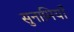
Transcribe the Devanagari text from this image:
सुनामियाँ